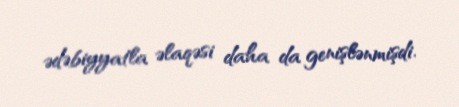
ədəbiyyatla əlaqəsi daha da genişlənmişdi.